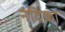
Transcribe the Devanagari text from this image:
नंदिका